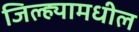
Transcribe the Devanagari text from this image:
जिल्‍ह्यामधील